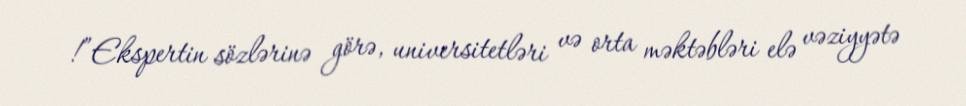
!”Ekspertin sözlərinə görə, universitetləri və orta məktəbləri elə vəziyyətə